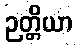
ဉတ္တိယာ